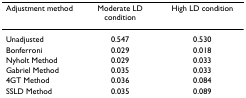
<table><thead><tr><td><b>Adjustment method</b></td><td><b>Moderate LD condition</b></td><td><b>High LD condition</b></td></tr></thead><tbody><tr><td>Unadjusted</td><td>0.547</td><td>0.530</td></tr><tr><td>Bonferroni</td><td>0.029</td><td>0.018</td></tr><tr><td>Nyholt Method</td><td>0.029</td><td>0.033</td></tr><tr><td>Gabriel Method</td><td>0.035</td><td>0.033</td></tr><tr><td>4GT Method</td><td>0.036</td><td>0.084</td></tr><tr><td>SSLD Method</td><td>0.035</td><td>0.089</td></tr></tbody></table>